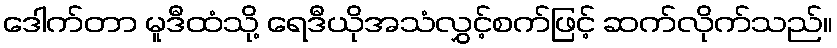
ဒေါက်တာ မူဒီထံသို့ ရေဒီယိုအသံလွှင့်စက်ဖြင့် ဆက်လိုက်သည်။